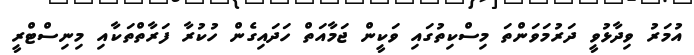
އުމަރު ވިދާޅުވީ ދަރުމަވަންތަ މިސްކިތުގައި ވަކީން ޖަމާއަތް ހަދައިގެން ހުކުރާ ފަރާތްތަކާއި މިނިސްޓްރީ